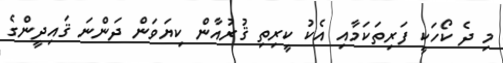
މި ދެ ކޯހަކީ ފަރިތަކަމާއި އެކު ކީރިތި ޤުރުއާން ކިޔަވަން ދަންނަ ޤައިދީންގެ